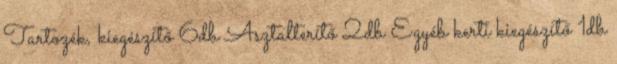
Tartozék, kiegészítő 6db Asztalterítő 2db Egyéb kerti kiegészítő 1db